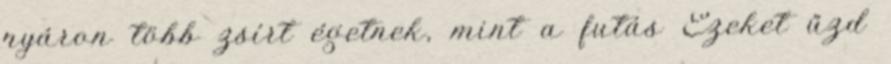
nyáron több zsírt égetnek, mint a futás Ezeket űzd